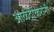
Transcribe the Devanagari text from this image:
आळंदीकरांनी